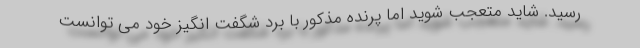
رسید. شاید متعجب شوید اما پرنده مذکور با برد شگفت انگیز خود می توانست